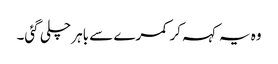
وہ یہ کہہ کر کمرے سے باہر چلی گئی۔